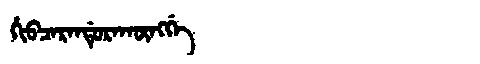
Manchu: ᡥᡳᠪᠴᠠᡵᠠᠨᡩᡠᡵᠠᡴᡡᠩᡤᡝ
Romanization: HIBCARANDURAKŪNGGE